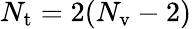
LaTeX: N_{\mathrm{t}}=2(N_{\mathrm{v}}-2)